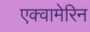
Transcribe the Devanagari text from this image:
एक्वामेरिन